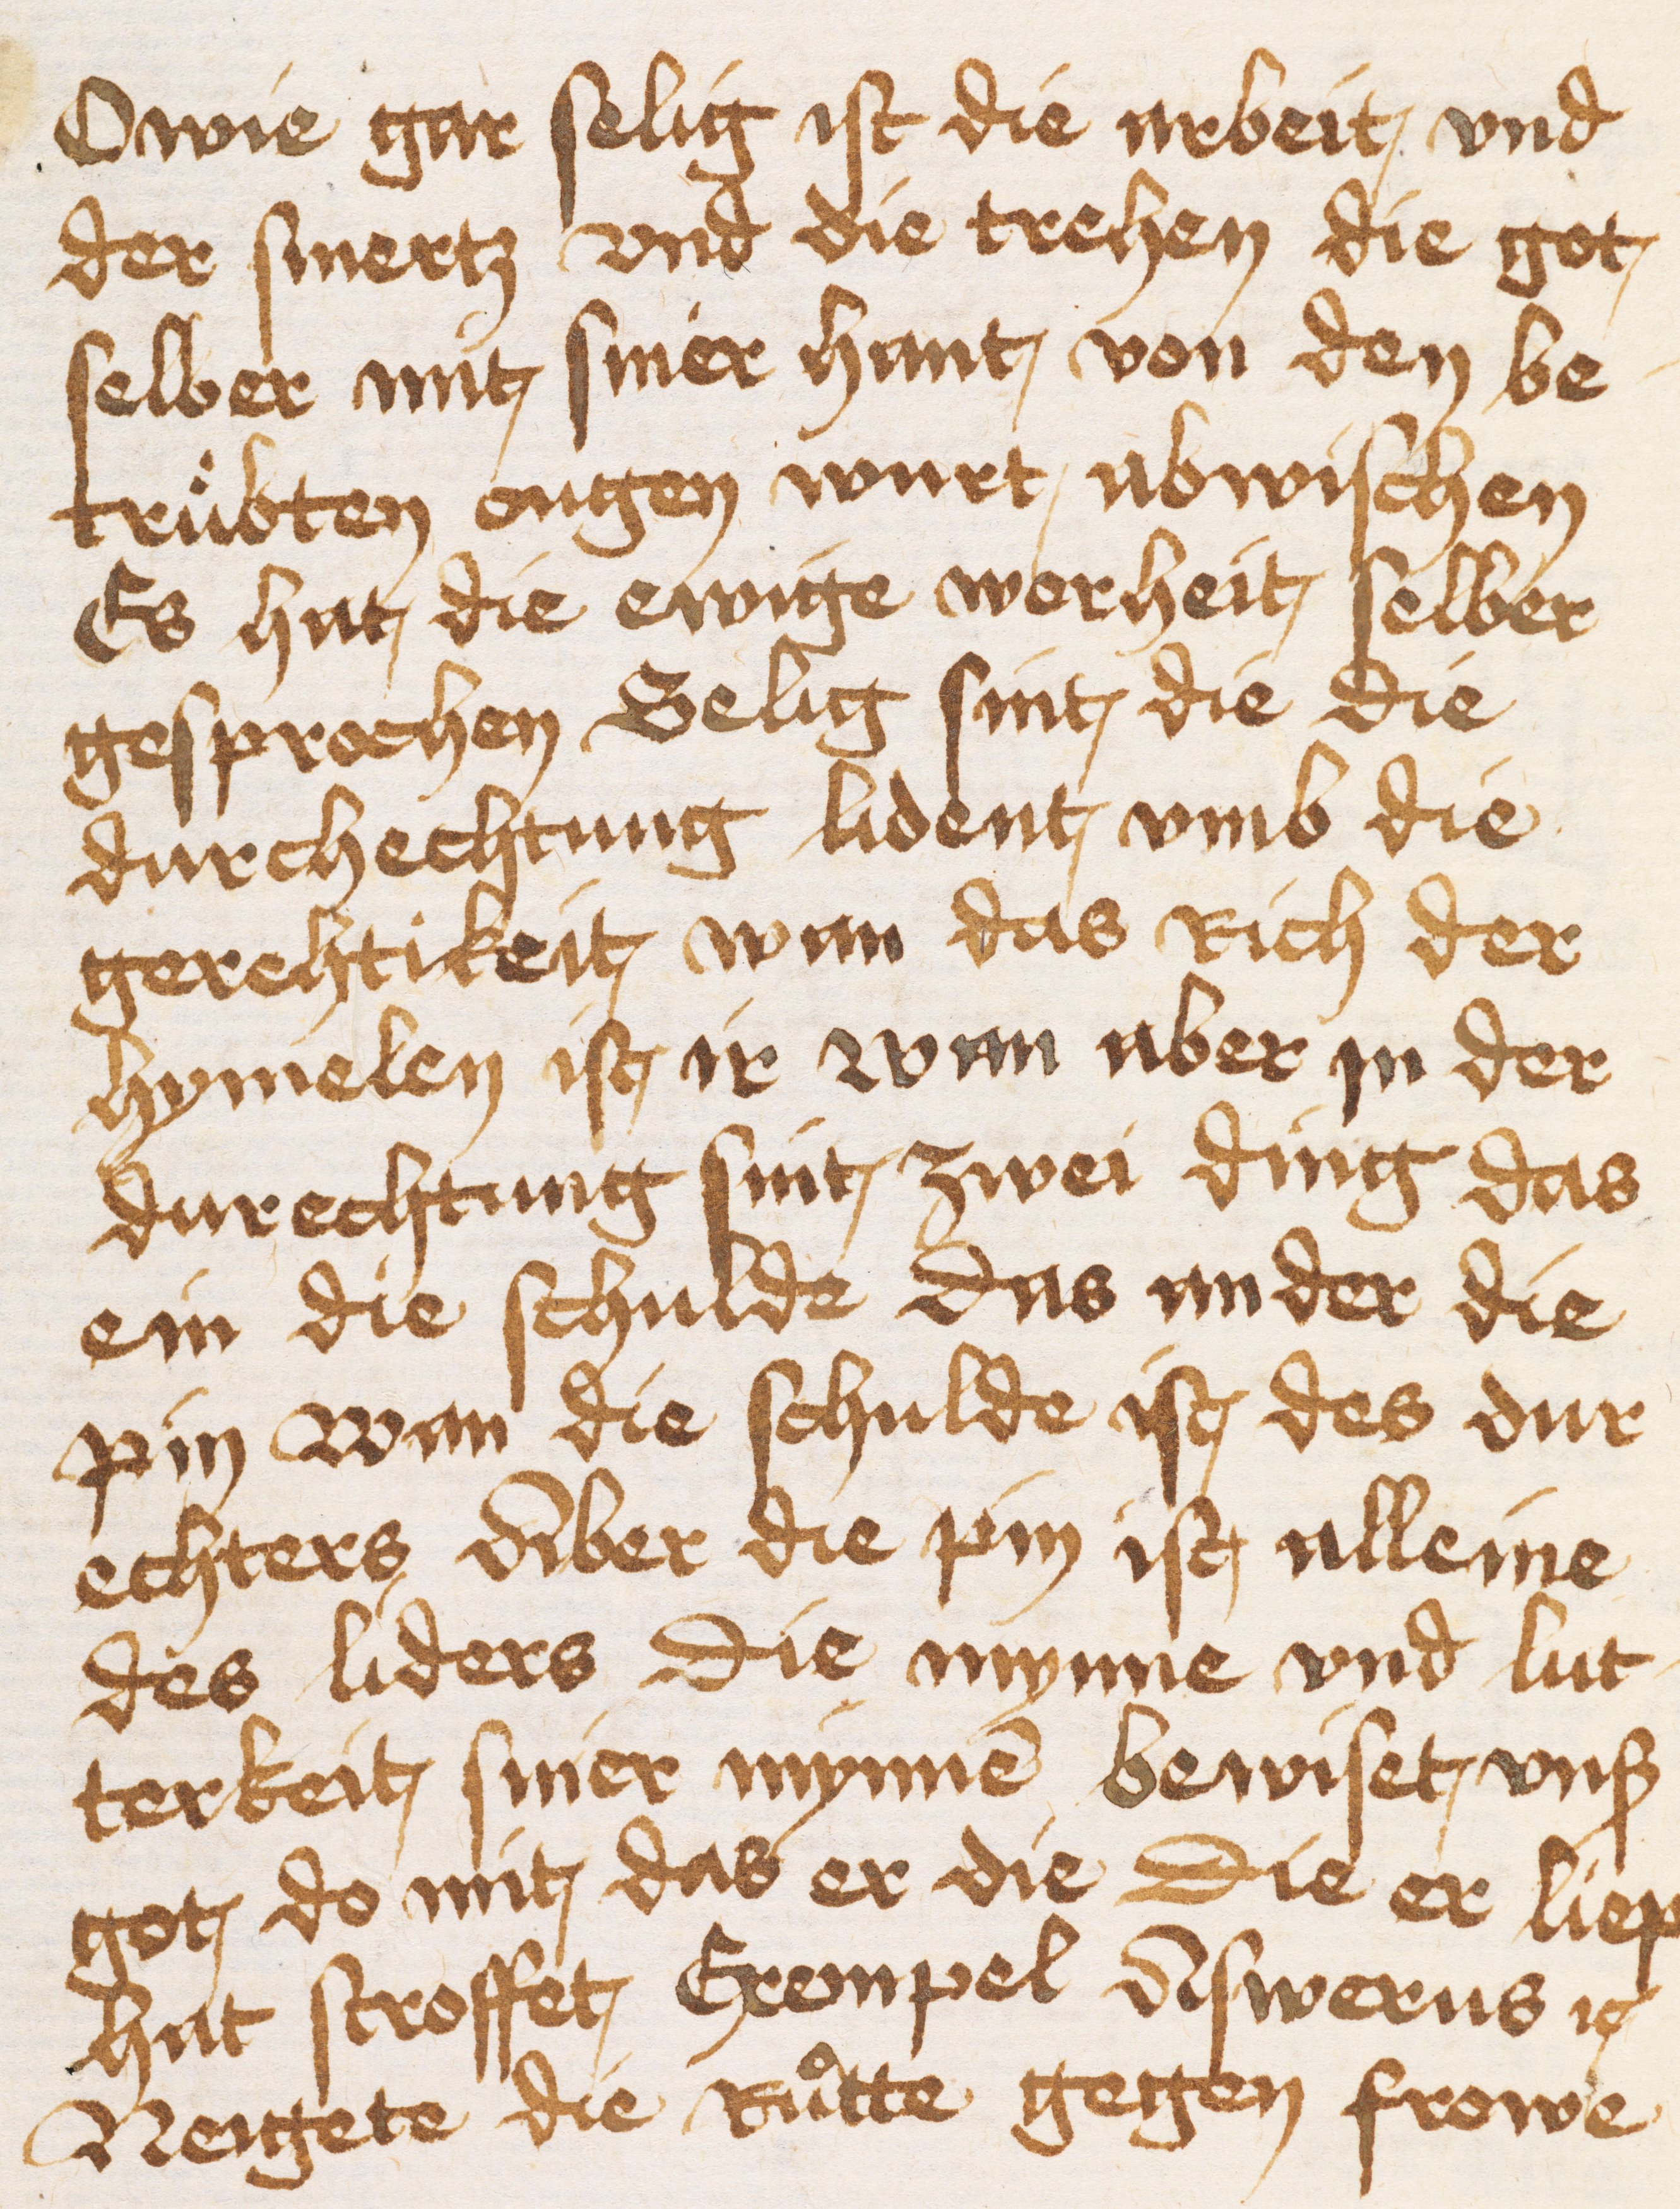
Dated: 1400–1499